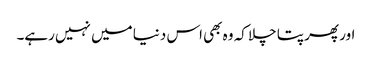
اور پھر پتا چلا کہ وہ بھی اس دنیا میں نہیں رہے۔